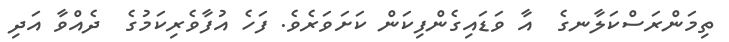
ތިމަންރަސްކަލާނގެ  އާ ވަޑައިގެންފިކަން ކަށަވަރެވެ. ފަހެ އުފާވެރިކަމުގެ  ދެއްވާ އަދި